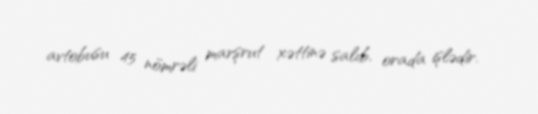
avtobusu 45 nömrəli marşrut xəttinə salıb, orada işlədir.